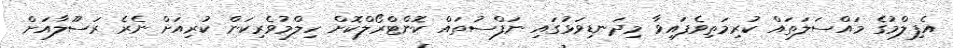
އެފިލްމުގެ މައްސަލަތައް ކުރިމަތިވެފައިވާ މިދަނޑިވަޅުގައި ނަފްސުތައް ކޮންޓްރޯލްކޮށް ހިލްމުވެރިކަން ކުރިއަށް ނެރެ ރަސޫލާއަށް